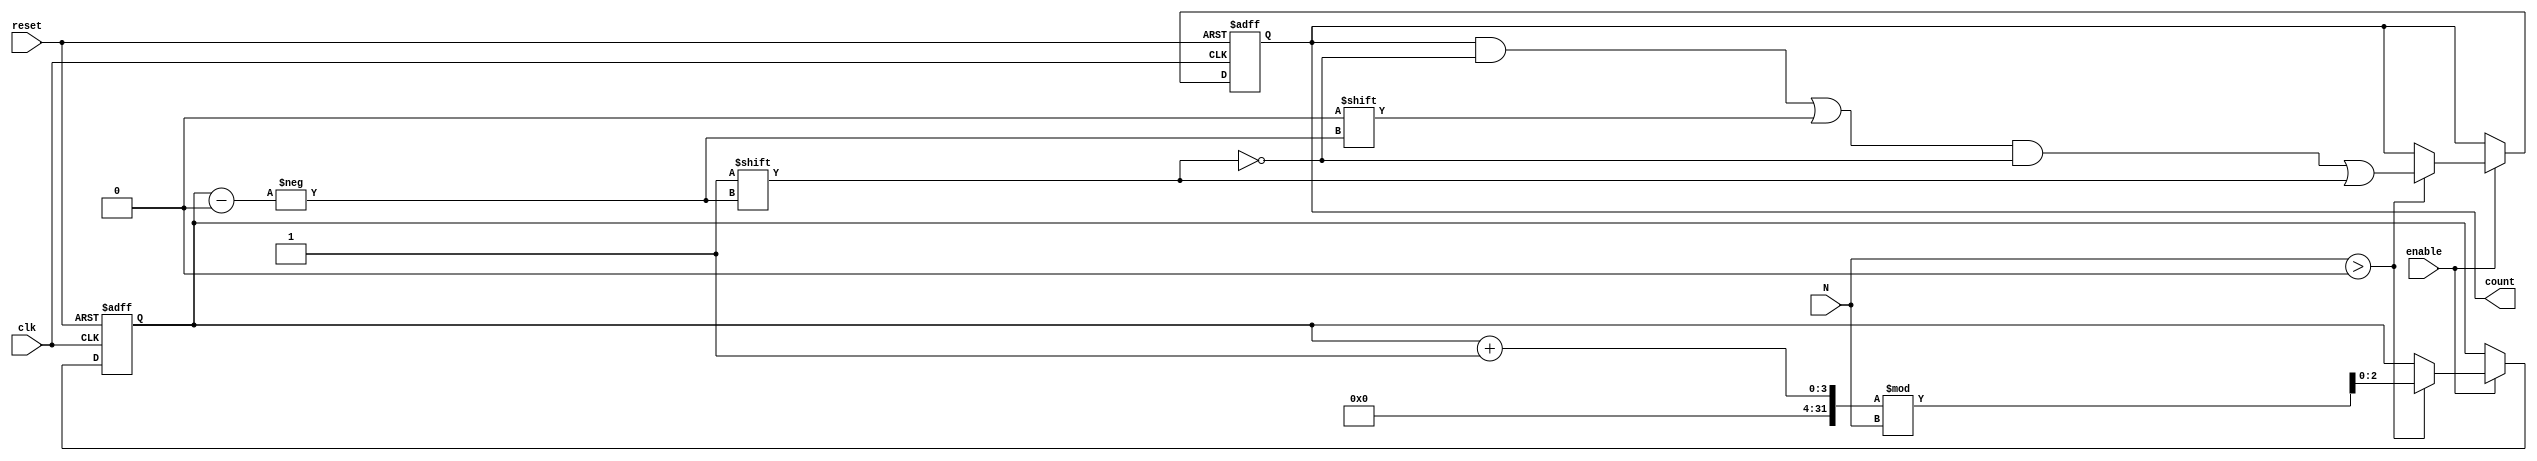
module variable_length_ring_counter #(
    parameter MAX_LENGTH = 8 // Maximum length of the ring counter
) (
    input wire clk,           // Clock input
    input wire reset,         // Asynchronous reset
    input wire enable,        // Enable signal
    input wire [$clog2(MAX_LENGTH)-1:0] N, // Length of the counter
    output reg [MAX_LENGTH-1:0] count // Output count
);

    // Internal variable to keep track of the current position of '1'
    reg [$clog2(MAX_LENGTH)-1:0] pointer; 

    always @(posedge clk or posedge reset) begin
        if (reset) begin
            count <= (1'b1 << 0); // Set the first flip-flop to '1', rest '0'
            pointer <= 0;         // Initialize pointer
        end else if (enable) begin
            // Shift the '1' circularly in the counter up to N
            if (N > 0) begin
                // Clear the current bit
                count[pointer] <= 1'b0;
                // Move pointer to the next position
                pointer <= (pointer + 1) % N; // Wrap around if reaching N
                // Set the new bit
                count[pointer] <= 1'b1;
            end
        end
    end

endmodule